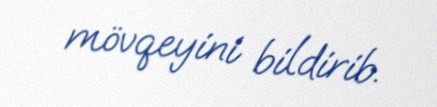
mövqeyini bildirib.